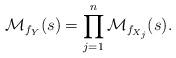
LaTeX: \begin{align*}\mathcal{M}_{f_Y}(s)=\prod_{j=1}^{n}\mathcal{M}_{f_{X_j}}(s).\end{align*}